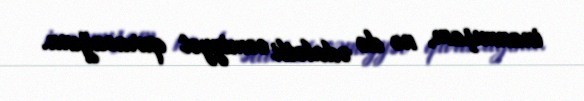
inanmışam, nə də ədalətli cəmiyyət quracağına.